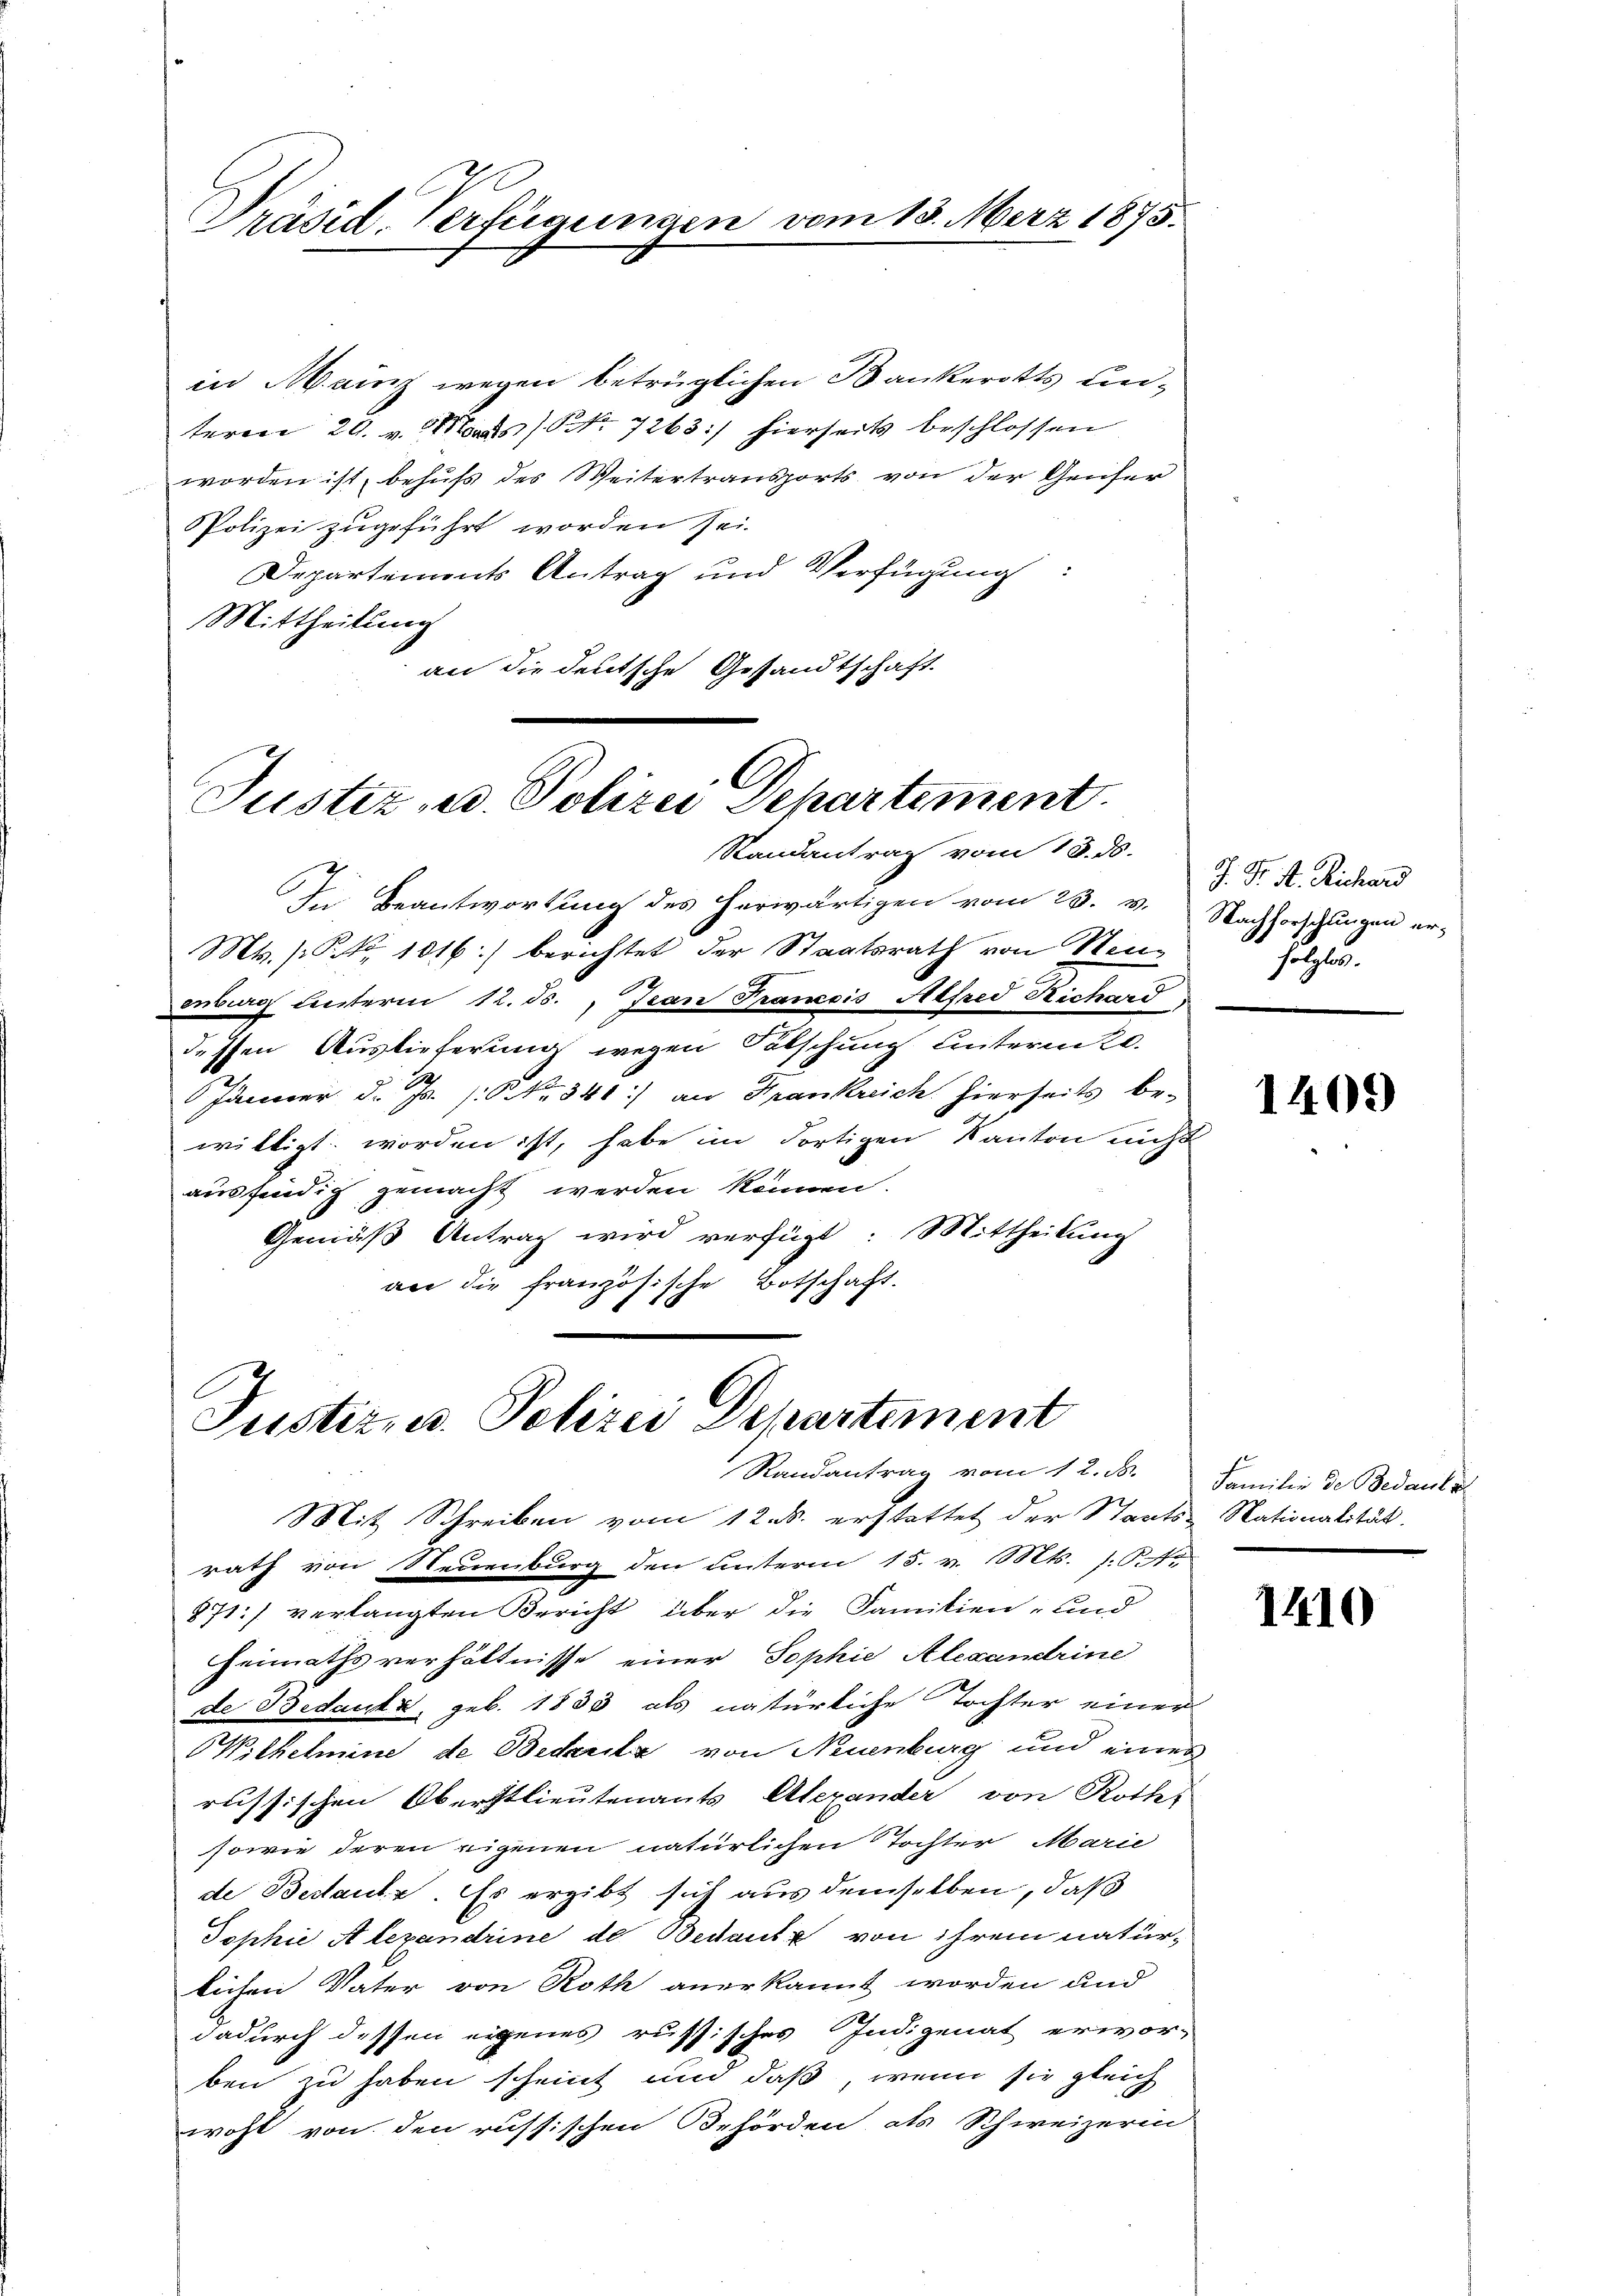
Präsid. Verfügungen vom 13. März 1875.

in Mainz wegen betrüglichen Bankerotts Lieteren 29. v. Mts. No 7263/ hierseits beschlossen
worden ist, behufs des Weitertransports von der Genfer
Polizei zugeführt worden sei.
Departements Antrag und Verfügung:
Mittheilung
an die deutsche Gesandtschaft.

Justiz- u. Polizei Departement
Randantrag vom 18. ds.

In Beantwortung des herwärtigen vom 28. v. Nachforschungen er-
Mts. [No 1016) berichtet der Staatsrath von Neuenburg unterm 12. ds., Jean Francois Alfred Richard
dessen Auslieferung wegen Fälschung hinternte.
Jänner d. Js. s. No. 341) an Frankreich hierseits be-
willigt worden ist, habe im dortigen Kanton nicht
ausfindig gemacht werden können.
Gemäß Antrag wird verfügt: Mittheilung
an die französische Botschaft.

Justiz- u. Polizei Departement
Randantrag vom 12. d. Familie de Bedanke
Mit Schreiben vom 12. ds. erstattet der Staats-Nationalität.

rath von Neuenburg den unterm 15. v. 18t. 154.
871) verlangten Bericht über die Familien- und
Heimaths verhältnisse einer Sophie Alexandrine
de Bedantz, geb. 1833 als natürliche Tochter einer
Wilhelmine de Bederitz von Neuenburg und eines
russischen Oberstlieutenants Alexander von Roth-
sowie deren eigenen natürlichen Tochter Marie
de Bestaute. Es ergibt sich aus demselben, daß
Tophie Alexandrine de Bedautz von ihrem natürlichen Vater von Roth anerkannt worden und
dadurch dessen eigenes russisches Indigenat erwor-
ben zu haben scheint und daß, wenn sie gleich
wohl von den russischen Behörden, als Schweizerin

J. Dr. A. Richard
setzte.

1409

1410